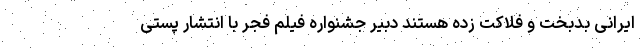
ایرانی بدبخت و فلاکت زده هستند دبیر جشنواره فیلم فجر با انتشار پستی